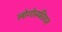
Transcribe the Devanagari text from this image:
लोगोस्फीयर